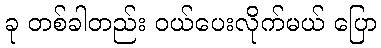
ခု တစ်ခါတည်း ဝယ်ပေးလိုက်မယ် ပြော